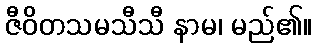
ဇီဝိတသမသီသီ နာမ၊ မည်၏။